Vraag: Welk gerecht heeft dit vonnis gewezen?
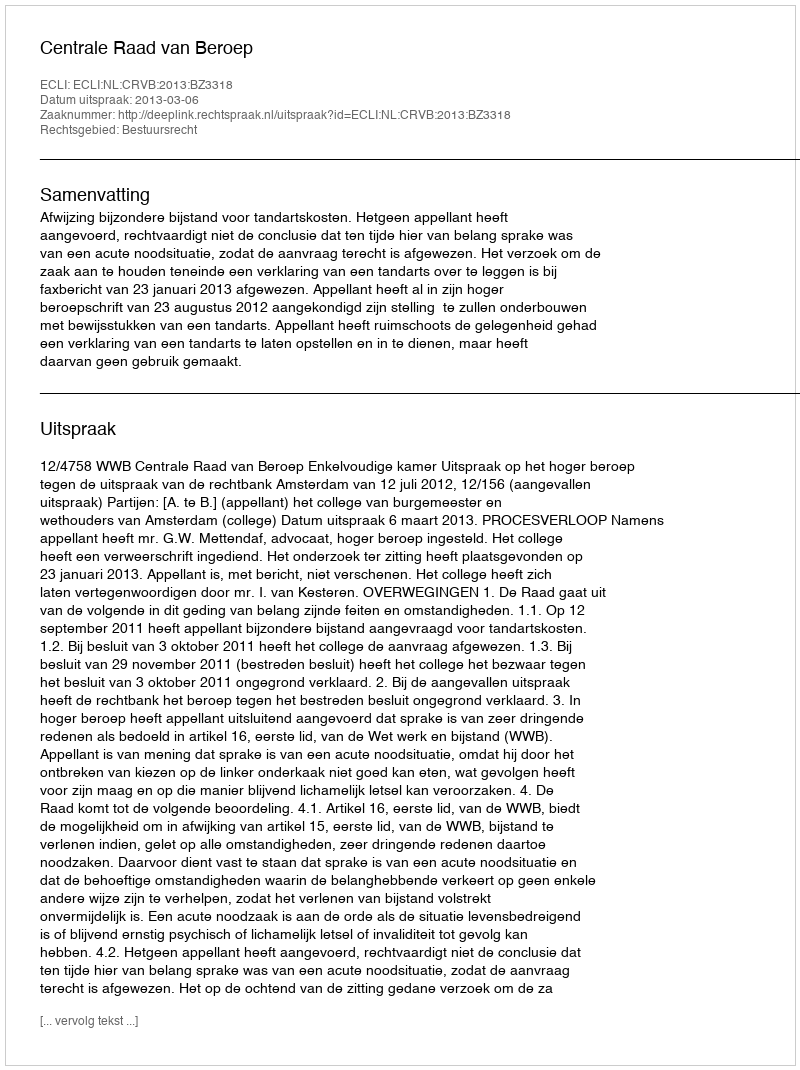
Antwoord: Centrale Raad van Beroep